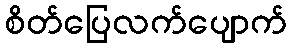
စိတ်ပြေလက်ပျောက်